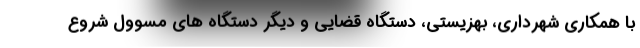
با همکاری شهرداری، بهزیستی، دستگاه قضایی و دیگر دستگاه های مسوول شروع